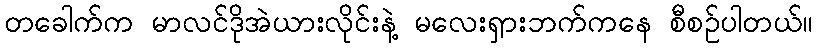
တခေါက်က မာလင်ဒိုအဲယားလိုင်းနဲ့ မလေးရှားဘက်ကနေ စီစဉ်ပါတယ်။